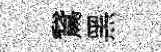
鵞黑